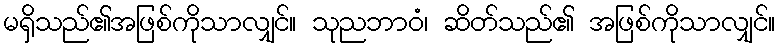
မရှိသည်၏အဖြစ်ကိုသာလျှင်။ သုညဘာဝံ၊ ဆိတ်သည်၏ အဖြစ်ကိုသာလျှင်။